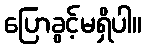
ပြောခွင့်မရှိပါ။